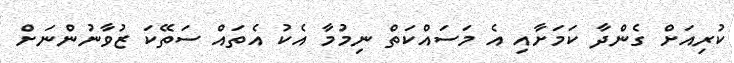
ކުރިއަށް ގެންދާ ކަމަށާއި އެ މަސައްކަތް ނިމުމާ އެކު އެތައް ސަތޭކަ ޒުވާނުންނަށް